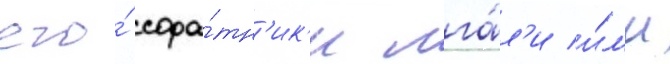
его́ сора́тн'ик'и лга́л'и и́л'и